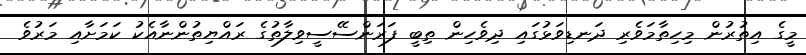
މީގެ އިތުރުން މިހިތާމަވެރި ދަނޑިވަޅުގައި ދިވެހިން ތިބީ ފަރަންސޭސީވިލާތުގެ ރައްޔިތުންނާއެކު ކަމަށާއި މަރުވެ